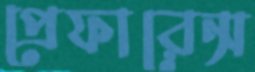
প্রেফারেন্স